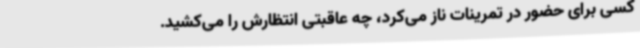
کسی برای حضور در تمرینات ناز می‌کرد، چه عاقبتی انتظارش را می‌کشید.